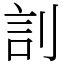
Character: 䚯